Reports on dispensaries and lunatic asylums in the Province of Oudh - 1869-1876
Year: 1869
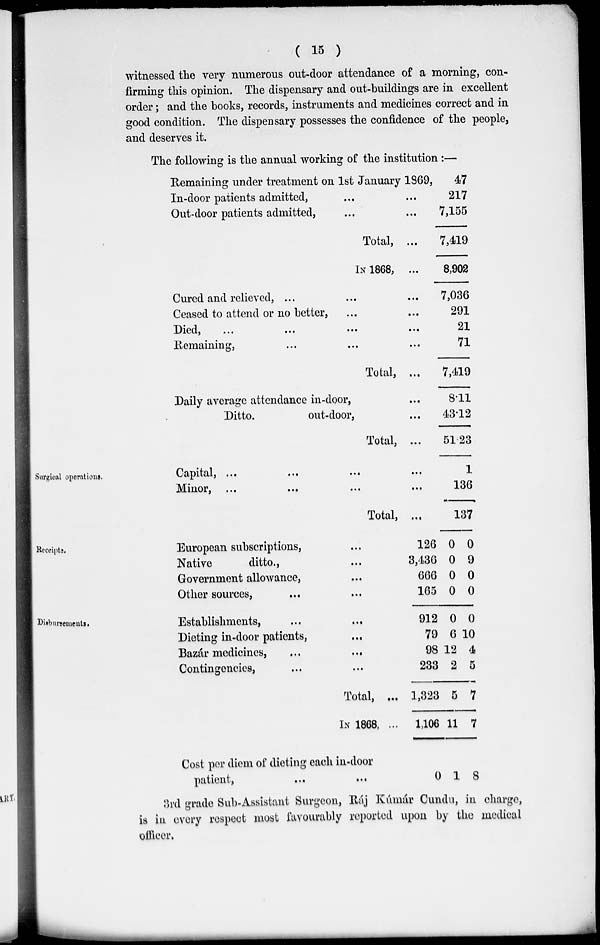
( 15 )
witnessed the very numerous out-door attendance of a morning, con-
firming this opinion. The dispensary and out-buildings are in excellent
order ; and the books, records, instruments and medicines correct and in
good condition. The dispensary possesses the confidence of the people,
and deserves it.
The following is the annual working of the institution :—
Remaining under treatment on 1st January 1869,
In-door patients admitted, ... ...
Out-door patients admitted, ... ...
Total, ...
IN 1868, ...
Cured and relieved, ... ... ...
Ceased to attend or no better, ... ...
Died,
...
...
...
...
...
Remaining, ... ... ...
Total, ...
Daily average attendance in-door, ...
Ditto.
out-door, ...
Total, ...
47
217
7,155
7,419
8,902
7,036
291
21
71
7,419
8.11
43.12
51.23
Surgical operations.
Capital,
...
...
...
...
Minor
,
...
...
...
...
Total, ...
1
136
137
Receipts.
European subscriptions, ...
Native
ditto., ...
Government allowance, ...
Other sources, ... ...
126
3,436
666
165
0
0
0
0
0
9
0
0
Disbursements.
Establishments,
...
...
Dieting in-door patients,
...
Bazár medicines, ... ...
Contingencies, ... ...
Total, ...
IN 1868, ...
Cost per diem of dieting each in-door
patient,
...
...
912
79
98
233
1,323
1,106
0
0
6
12
2
5
11
1
0
10
4
5
7
7
8
3rd grade Sub-Assistant Surgeon, Ráj Kúmár Cundu, in charge,
is in every respect most favourably reported upon by the medical
officer.